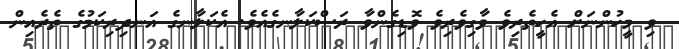
ވި މީހުންނަށް އެހީތެރިވެ ވާގިވެރިވެ ވޮޑިގެންވާ ރަސްކަލާނގެއެވެ. އެކަލާނގެ އަނދިރިކަމުގެ ތެރެއިން